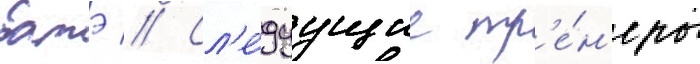
батэ // Сл'е́дуущие тр'е́н'еры